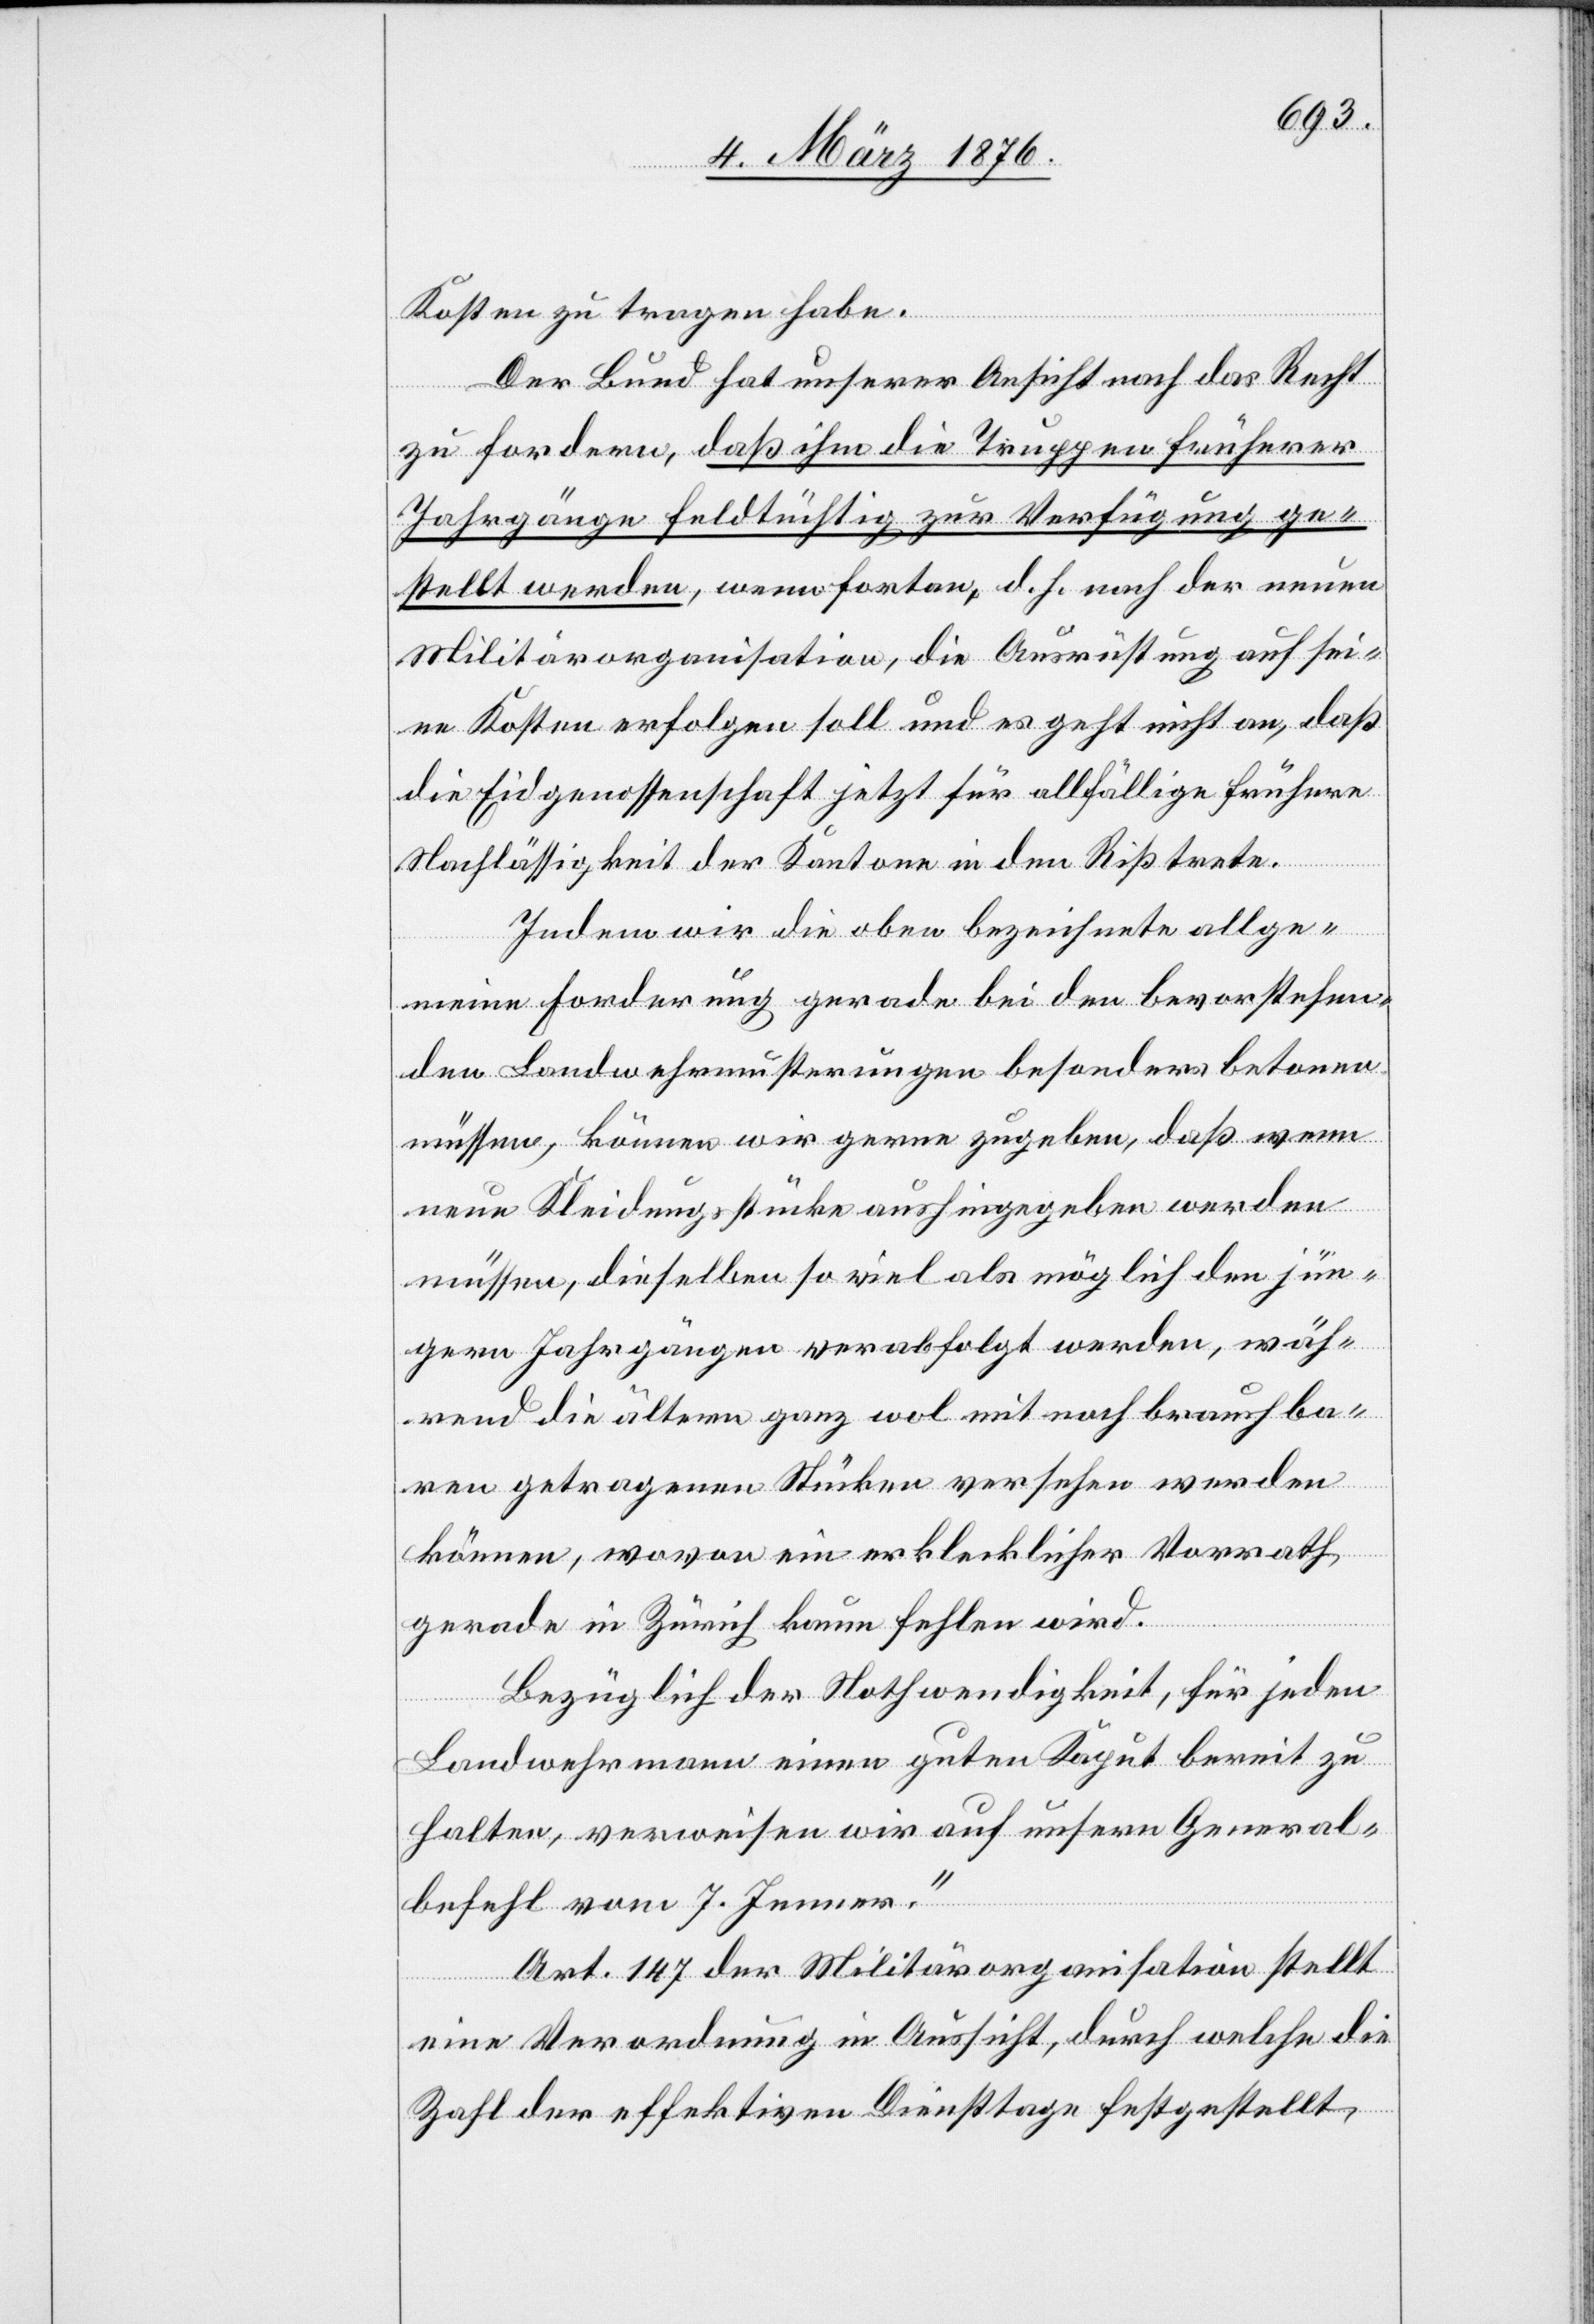
Kosten zu tragen habe.
Der Bund hat unserer Ansicht nach das Recht
zu fordern, daß die Truppen früherer
Jahrgänge feldtüchtig zur Verfügung ge¬
stellt werden, wenn fortan, d. h. nach der neuen
Militärorganisation, die Ausrüstung auf sei¬
ne Kosten erfolgen soll und es geht nicht an, das
die Eidgenossenschaft jetzt für allfällige frühere
Nachlässigkeit der Kantone in den Riß trete.
Indem wir die oben bezeichnete allge¬
meine Forderung gerade bei den bevorstehen¬
den Landwehrmusterungen besonders betonen
müssen, können wir gerne zugeben, daß wenn
neue Kleidungsstücke aushingegeben werden
müssen, dieselben so viel als möglich den jün¬
gern Jahrgängen verabfolgt werden, wäh¬
rend die ältern ganz wol mit noch brauchba¬
ren getragenen Stücken versehen werden
können, wovon ein erklecklicher Vorrath
gerade in Zürich kaum fehlen wird.
Bezüglich der Nothwendigkeit, für jeden
Landwehrmann einen guten Kaput bereit zu
halten, verweisen wir auf unsern General¬
befehl vom 7. Jenner.“
Art. 147 der Militärorganisation stellt
eine Verordnung in Aussicht, durch welche die
Zahl der effektiven Diensttage festgestellt,